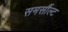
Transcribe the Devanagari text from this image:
समर्सौल्ट